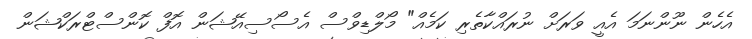
އެހެން ނޫންނަމަ އެއީ ވަރަށް ނުރައްކާތެރި ކަމެއް" މޯލްޑިވްސް އެސޯސިއޭޝަން އޮފް ކޮންސްޓްރަކްޝަން